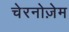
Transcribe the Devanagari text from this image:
चेरनोज़ेम